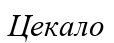
Цекало